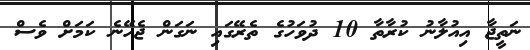
ނަތީޖާ އިއުލާނު ކުރާތާ 10 ދުވަހުގެ ތެރޭގައި ނަގަން ޖެހޭނެ ކަމަށް ވެސް